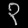
Digit: ၃